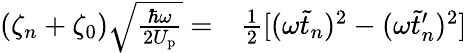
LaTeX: \begin{array}{rl}{(\zeta_{n}+\zeta_{0})\sqrt{\frac{\hbar\omega}{2U_{\mathrm{p}}}}=}&{{}\frac{1}{2}[(\omega\tilde{t}_{n})^{2}-(\omega\tilde{t}_{n}^{\prime})^{2}]}\end{array}